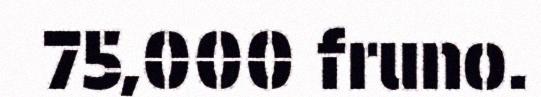
75,000 fruno.